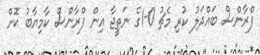
ފްރާންސް ބައްދަލު ކުރި މެޗު 0-1ގެ ނަތީޖާ އިން ފްރާންސް ކާމިޔާބު ކޮށް